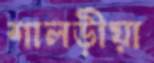
শালড়ীয়া